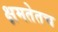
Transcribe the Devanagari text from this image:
क्षमतेतच